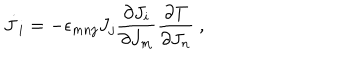
LaTeX: \dot { J } _ { i } = - \epsilon _ { m n j } J _ { j } \frac { \partial J _ { i } } { \partial J _ { m } } \frac { \partial T } { \partial J _ { n } } ~ ,